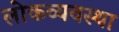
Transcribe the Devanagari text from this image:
लोकव्यवस्था